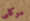
موكلى